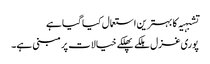
تشبہیہ کا بہترین استعمال کیا گیا ہے
پوری غزل ہلکے پھلکے خیالات پر مبنی ہے۔